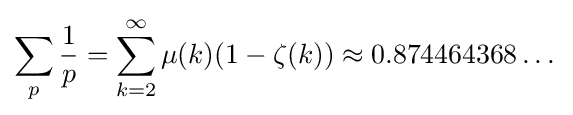
\sum _{p}{\frac {1}{p}}=\sum _{k=2}^{\infty }\mu (k)(1-\zeta (k))\approx 0.874464368\dots